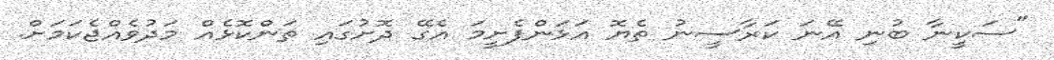
"ސަކީނާ ބުނި އޭނަ ކަރާސީނު ތެޔޮ އަޅަންފެށީމަ އެގޭ ދޮށުގައި ތަންކޮޅެއް މަދުވެއްޖެކަމަށް.